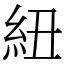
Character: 紐